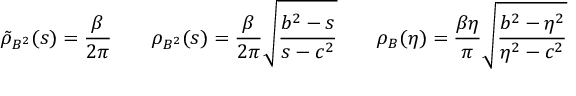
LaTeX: \tilde { \rho } _ { B ^ { 2 } } ( s ) = \frac { \beta } { 2 \pi } \ \ \ \ \ \ \rho _ { B ^ { 2 } } ( s ) = \frac { \beta } { 2 \pi } \sqrt { \frac { b ^ { 2 } - s } { s - c ^ { 2 } } } \ \ \ \ \ \ \rho _ { B } ( \eta ) = \frac { \beta \eta } { \pi } \sqrt { \frac { b ^ { 2 } - \eta ^ { 2 } } { \eta ^ { 2 } - c ^ { 2 } } }